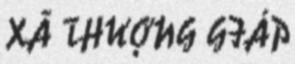
XÃ THƯỢNG GIÁP